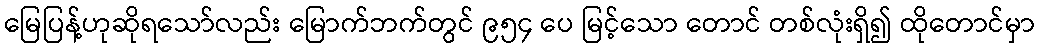
မြေပြန့်ဟုဆိုရသော်လည်း မြောက်ဘက်တွင် ၉၅၄ ပေ မြင့်သော တောင် တစ်လုံးရှိ၍ ထိုတောင်မှာ